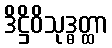
ဒိဋ္ဌိဝိသုဒ္ဓတ္ထာ